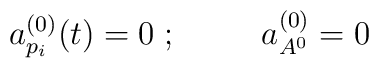
a^{(0)}_{p_i} (t) = 0 \;;\;\;\;\;\;\;\;\;\; a^{(0)}_{A^0} = 0